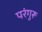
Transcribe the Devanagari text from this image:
परंगुरू